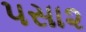
૫સા૨